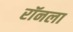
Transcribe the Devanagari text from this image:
रॉनला